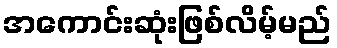
အကောင်းဆုံးဖြစ်လိမ့်မည်